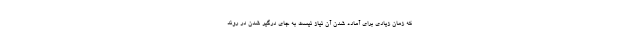
که زمان زیادی برای آماده شدن آن نیاز نیست به جای درگیر شدن در روند